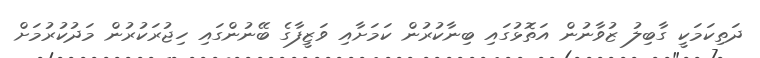
ދަތިކަމަކީ ގާބިލު ޒުވާނުން އަތޮޅުގައި ބިނާކުރުން ކަމަށާއި ވަޒީފާގެ ބޭނުންގައި ހިޖުރަކުރުން މަދުކުރުމަށް